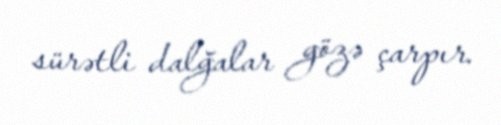
sürətli dalğalar gözə çarpır.